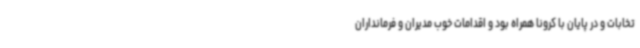
تخابات و در پایان با کرونا همراه بود و اقدامات خوب مدیران و فرمانداران